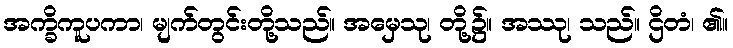
အက္ခိကူပကာ၊ မျက်တွင်းတို့သည်။ အမှေသု၊ တို့၌။ အဿု၊ သည်။ ဌိတံ၊ ၏။